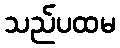
သည်ပထမ